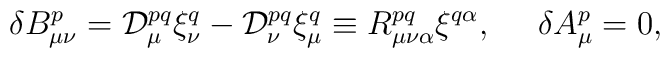
{\delta}B_{\mu\nu}^p={\cal D}_{\mu}^{pq}{\xi}_{\nu}^q - {\cal D}_{\nu}^{pq}{\xi}_{\mu}^q\equiv R_{\mu\nu\alpha}^{pq}{\xi}^ {q\alpha},\,\,\,\,\,\,\,\,{\delta}A_{\mu}^p = 0,